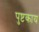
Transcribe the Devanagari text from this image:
पुष्टकाय